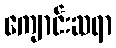
ကျောင်းဆရာ